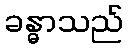
ခန္ဓာသည်